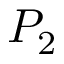
P _ { 2 }